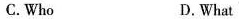
C. Who D. What